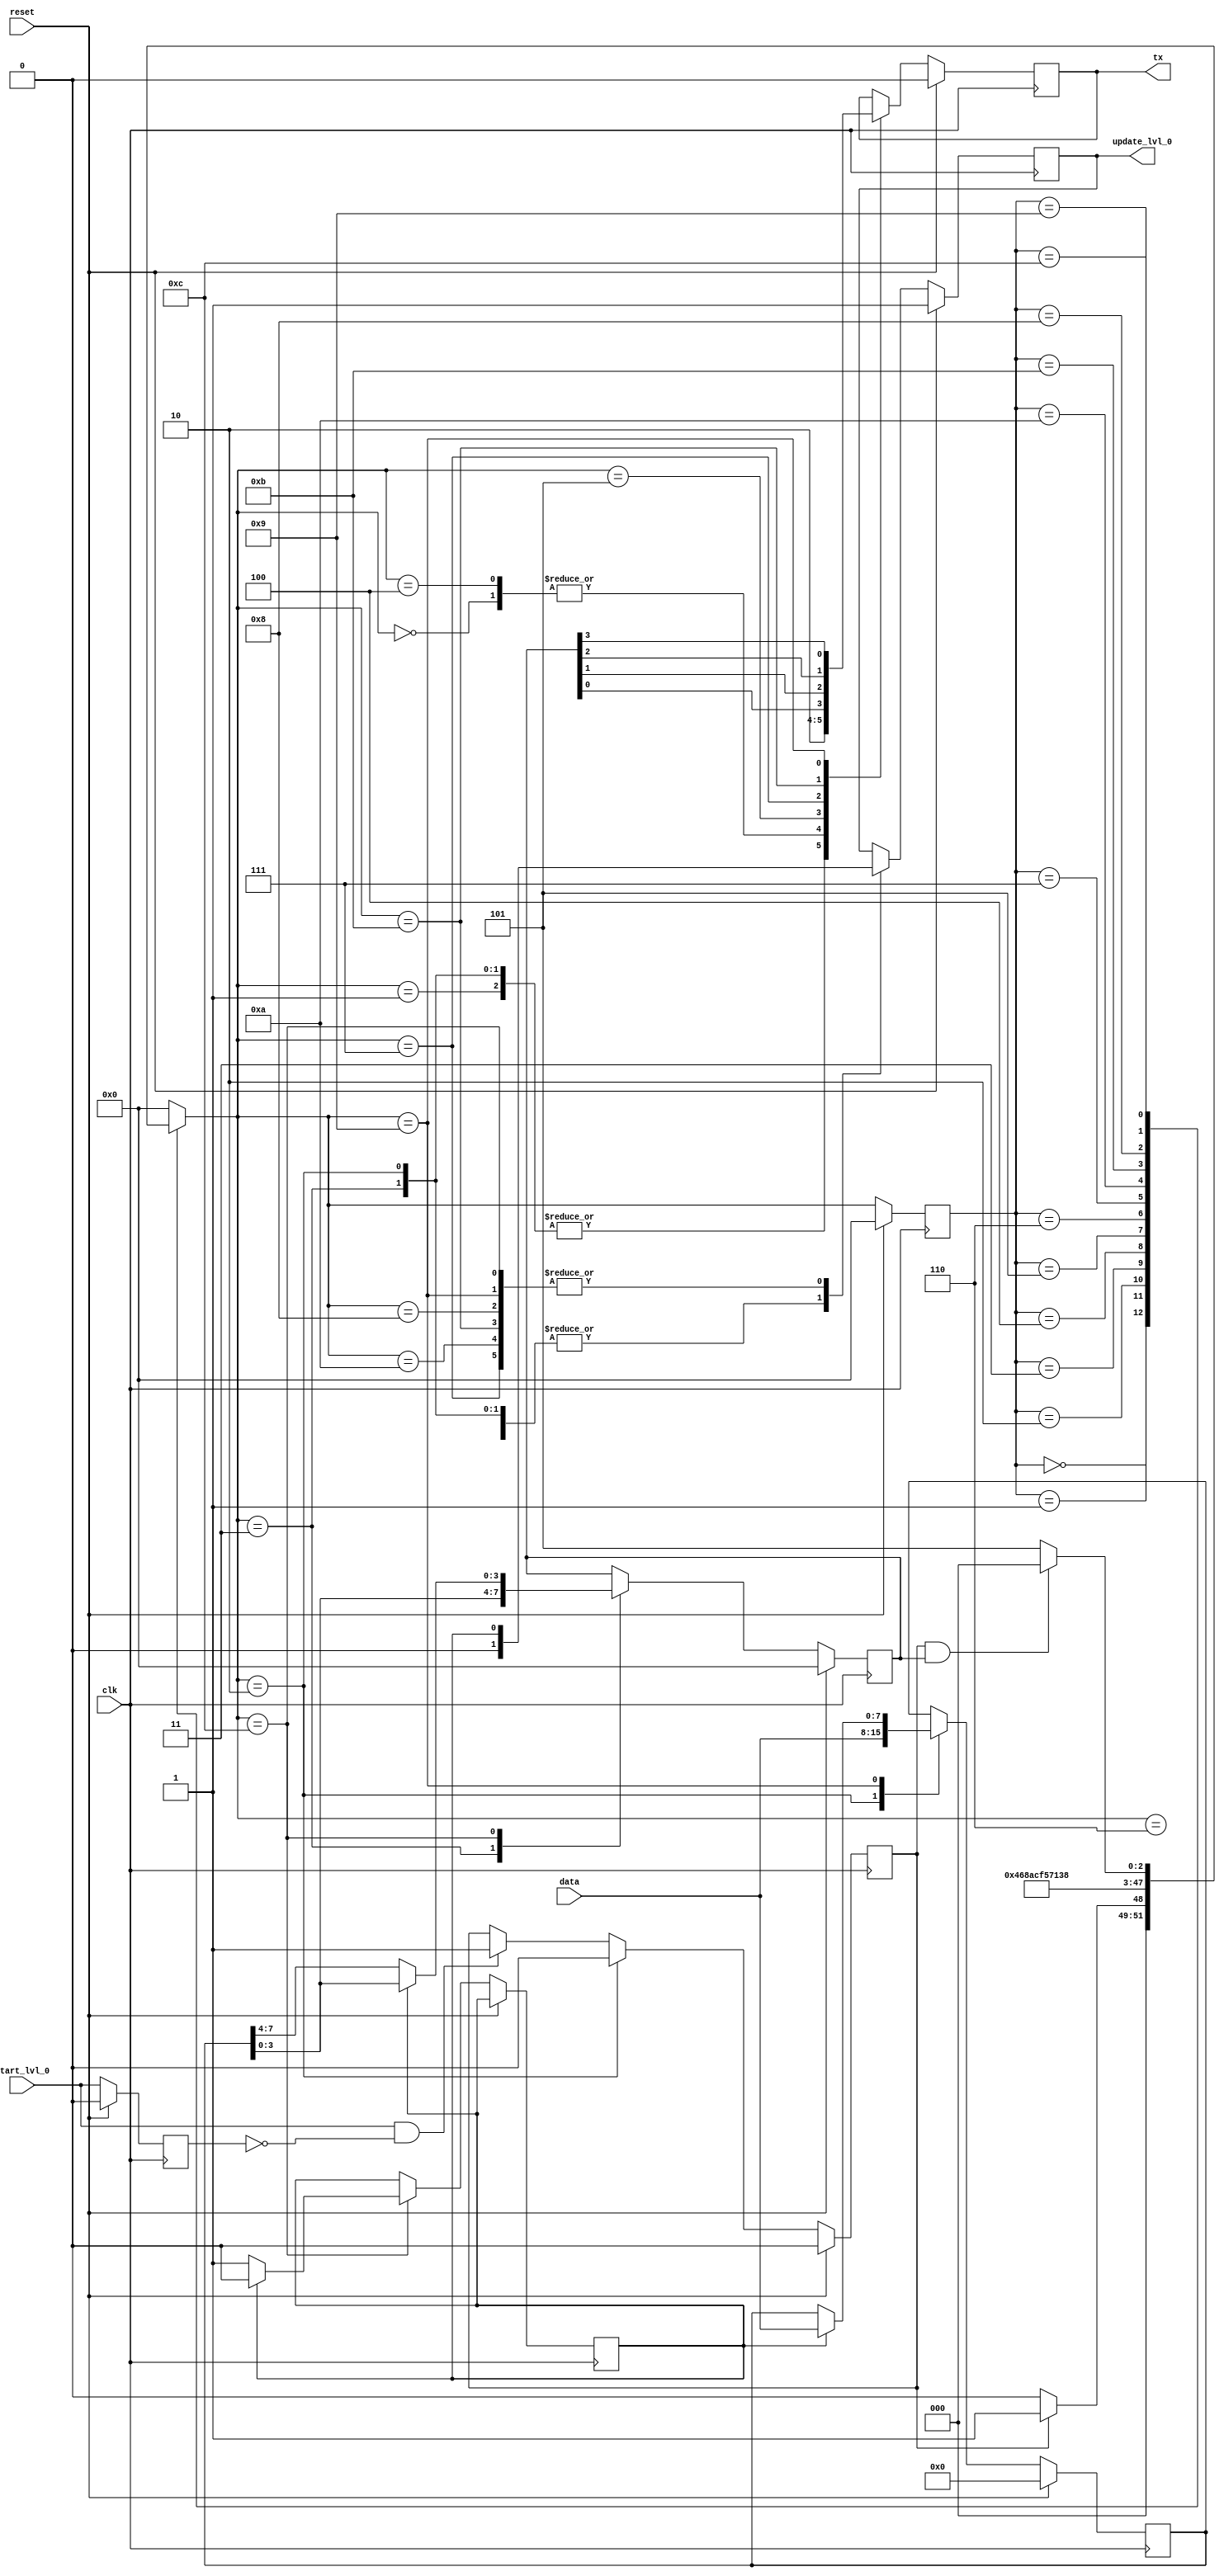
module state_machine_tx (
							input 		clk, 
							input [7:0] data,
							input       start_lvl_0,
							input 		reset, 
															output reg tx, 
															output reg update_lvl_0
																							);
																			
reg 	     [7:0] byte_buff 		  = 8'b00000000;
reg 	     [3:0] half_byte_buff    = 4'b0000;
reg        [3:0] state      	     = 4'b0000;
reg        [3:0] next_state  	     = 4'b0000;
reg 			     half_byte_flag    = 1'b0;
reg				  previous_strb     = 1'b0;
reg				  first_byte_flag   = 1'b0;

localparam [3:0] IDLE    		     = 4'b0000;
localparam [3:0] START_BIT_1_STATE = 4'b0001;
localparam [3:0] START_BIT_2_STATE = 4'b0010;
localparam [3:0] START_BIT_3_STATE = 4'b0011;
localparam [3:0] START_BIT_4_STATE = 4'b0100;
localparam [3:0] BIT_0_STATE_0 	  = 4'b0101;
localparam [3:0] BIT_0_STATE_1 	  = 4'b0110;
localparam [3:0] BIT_1_STATE_0	  = 4'b0111;
localparam [3:0] BIT_2_STATE_1	  = 4'b1000;
localparam [3:0] BIT_3_STATE_0  	  = 4'b1001;
localparam [3:0] BIT_1_STATE_1	  = 4'b1010;
localparam [3:0] BIT_2_STATE_0	  = 4'b1011;
localparam [3:0] BIT_3_STATE_1  	  = 4'b1100;


initial begin

	update_lvl_0 = 1'b1;
	tx     		 = 1'b0;
	
end


always @(posedge clk) begin

	if(reset)
		state <= 4'b0000;
	else
		state <= next_state;
		
end


always @(*) begin

	next_state = state;
	
	case(state)

				       IDLE:
					      begin
								if(first_byte_flag)
									next_state = START_BIT_1_STATE;
								else
									next_state = IDLE;
							end
					
		START_BIT_1_STATE: next_state = START_BIT_2_STATE;
		
		START_BIT_2_STATE: next_state = START_BIT_3_STATE;
		
		START_BIT_3_STATE: next_state = START_BIT_4_STATE;
		
		START_BIT_4_STATE: next_state = BIT_0_STATE_0;
	
		    BIT_0_STATE_0: next_state = BIT_0_STATE_1;
			 
			 BIT_0_STATE_1: next_state = BIT_1_STATE_0;
			 
			 BIT_1_STATE_0: next_state = BIT_1_STATE_1;
			 
			 BIT_1_STATE_1: next_state = BIT_2_STATE_0;
			 
			 BIT_2_STATE_0: next_state = BIT_2_STATE_1;
			 
			 BIT_2_STATE_1: next_state = BIT_3_STATE_0;
			 
			 BIT_3_STATE_0: next_state = BIT_3_STATE_1;
			 
			 BIT_3_STATE_1:
								if(first_byte_flag && half_byte_buff)
									next_state = IDLE;
								else
									next_state = BIT_0_STATE_0;

		
		          default: next_state = IDLE;
			
	endcase	
end

always @(posedge clk) begin

	if(reset) begin
		tx <= 1'b0;
		update_lvl_0 <= 1'b1;
		half_byte_buff <= 4'h0;
		byte_buff <= 8'h00;
		previous_strb <= 1'b0;
		first_byte_flag <= 1'b0;
	end
	else begin
	
		if(start_lvl_0 && !previous_strb)
			first_byte_flag <= 1'b1;
		else begin end
			
		previous_strb <= start_lvl_0;
		
		case(next_state)
		
			IDLE: begin
				tx <= 1'b0;
				update_lvl_0 <= 1'b0;
			end
			
			START_BIT_1_STATE: begin
				tx <= 1'b1;
				update_lvl_0 <= 1'b0;
			end
			
			START_BIT_2_STATE: begin
				tx <= 1'b1;
				update_lvl_0 <= 1'b0;
				first_byte_flag <= 1'b0;
				byte_buff <= data;
			end
			
			START_BIT_3_STATE: begin
				tx <= 1'b1;
				update_lvl_0 <= 1'b0;
				half_byte_buff[3:0] <= byte_buff[3:0];
			end
			
			START_BIT_4_STATE: begin
				tx <= 1'b0;
				update_lvl_0 <= 1'b0;
			end
			
			BIT_0_STATE_0: begin
				tx <= half_byte_buff[0];
				update_lvl_0 <= 1'b0;
			end
			
			BIT_0_STATE_1: begin
				tx <= tx;
				update_lvl_0 <= 1'b0;
			end
		
			BIT_1_STATE_0: begin
				tx <= half_byte_buff[1];
				update_lvl_0 <= half_byte_flag;
			end

			BIT_1_STATE_1: begin
				tx <= tx;
				update_lvl_0 <= half_byte_flag;
			end	
	
			BIT_2_STATE_0: begin
				tx <= half_byte_buff[2];
				update_lvl_0 <= half_byte_flag;
			end

			BIT_2_STATE_1: begin
				tx <= tx;
				update_lvl_0 <= half_byte_flag;
			end
			
			BIT_3_STATE_0: begin
				tx <= half_byte_buff[3];
				update_lvl_0 <= half_byte_flag;
				if(half_byte_flag)
					byte_buff <= data;
				else begin end		
			end
			
			BIT_3_STATE_1: begin
				tx <= tx;
				update_lvl_0 <= half_byte_flag;
				
				if(half_byte_flag) begin
					half_byte_buff[3:0] <= byte_buff[3:0];
					half_byte_flag <= 1'b0;
				end
				else begin
					half_byte_buff[3:0] <= byte_buff[7:4];
					half_byte_flag <= 1'b1;
				end
			end
		
			default: begin end
		
		endcase	
	end
end

endmodule